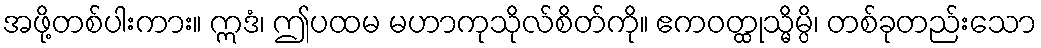
အဖို့တစ်ပါးကား။ ဣဒံ၊ ဤပထမ မဟာကုသိုလ်စိတ်ကို။ ဧကဝတ္ထုသ္မိမ္ပိ၊ တစ်ခုတည်းသော